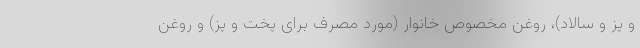
و پز و سالاد)، روغن مخصوص خانوار (مورد مصرف برای پخت و پز) و روغن